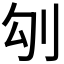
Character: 𠚸